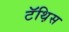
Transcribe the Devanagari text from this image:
टॅथ़िस